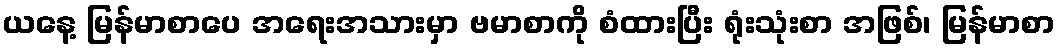
ယနေ့ မြန်မာစာပေ အရေးအသားမှာ ဗမာစာကို စံထားပြီး ရုံးသုံးစာ အဖြစ်၊ မြန်မာစာ